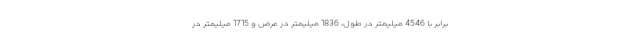
برابر با 4546 میلیمتر در طول، 1836 میلیمتر در عرض و 1715 میلیمتر در